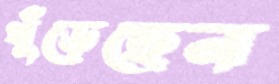
খুঁড়েছেন